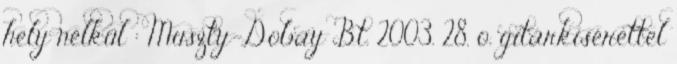
hely nélkül : Muszty-Dobay Bt. 2003. 28. o. gitárkísérettel